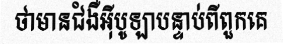
ថាមានជំងឺអ៊ីបូឡាបន្ទាប់ពីពួកគេ